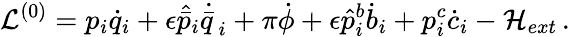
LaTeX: \mathcal{L}^{(0)}=p_{i}\dot{q}_{i}+\epsilon\hat{\bar{p}}_{i}\dot{\bar{q}\, }_{i}+\pi\dot{\phi}+\epsilon\hat{p}_{i}^{b}\dot{b}_{i}+p_{i}^{c}\dot{c}_{i}-\mathcal{H}_{ext}\, .